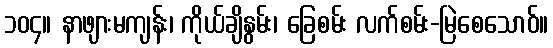
၁၀၄။ နာဖျားမကျန်း၊ ကိုယ်ချိနွမ်း၊ ခြေစမ်း လက်စမ်း-မြဲစေသောဝ်။